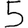
Digit: 5